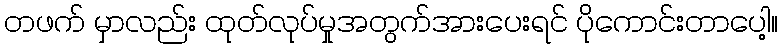
တဖက် မှာလည်း ထုတ်လုပ်မှုအတွက်အားပေးရင် ပိုကောင်းတာပေါ့။